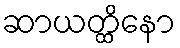
ဆာယတ္ထိနော